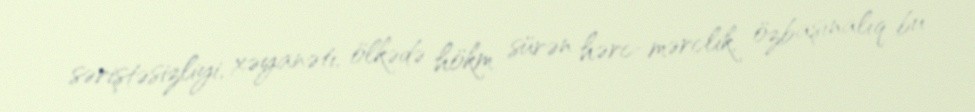
səriştəsizliyi, xəyanəti, ölkədə hökm sürən hərc-mərclik, özbaşınalıq bu